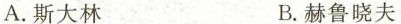
A.斯大林 B.赫鲁晓夫